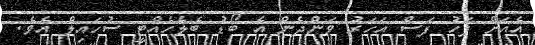
އެއަށް ފަހު ފަސް އަހަރު ވަންދެން އެ ބޯޑު ބެލެހެއްޓީ ސުހައިލް އެވެ.